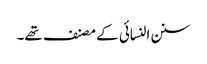
سنن النسائی کے مصنف تھے۔